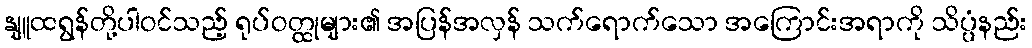
နျူထရွန်တို့ပါဝင်သည့် ရုပ်ဝတ္ထုများ၏ အပြန်အလှန် သက်ရောက်သော အကြောင်းအရာကို သိပ္ပံနည်း